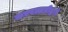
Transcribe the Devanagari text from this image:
करपल्लवीद्वारे